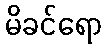
မိခင်ရော